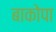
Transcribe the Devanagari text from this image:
बाकोपा